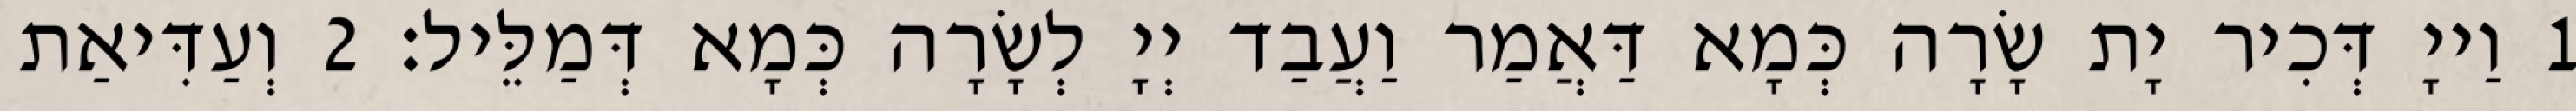
1 וַייָ דְּכִיר יָת שָׂרָה כְּמָא דַּאֲמַר וַעֲבַד יְיָ לְשָׂרָה כְּמָא דְּמַלֵּיל׃ 2 וְעַדִּיאַת